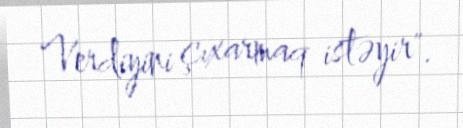
Verdiyini çıxarmaq istəyir".